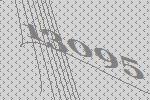
13095